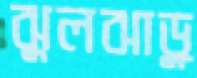
ঝুলঝাড়ু